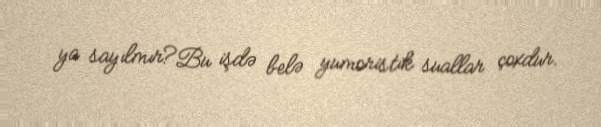
ya sayılmır?Bu işdə belə yumoristik suallar çoxdur.